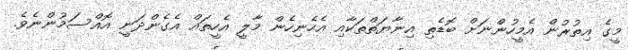
މީގެ އިތުރުން އެމީހުންނަށް ބޮޑެތި އިނާޔަތްތަކާއި އެހެނިހެން މާލީ އެހީތައް އެގެންދަނީ އޮއްސަމުންނެވެ.